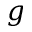
g